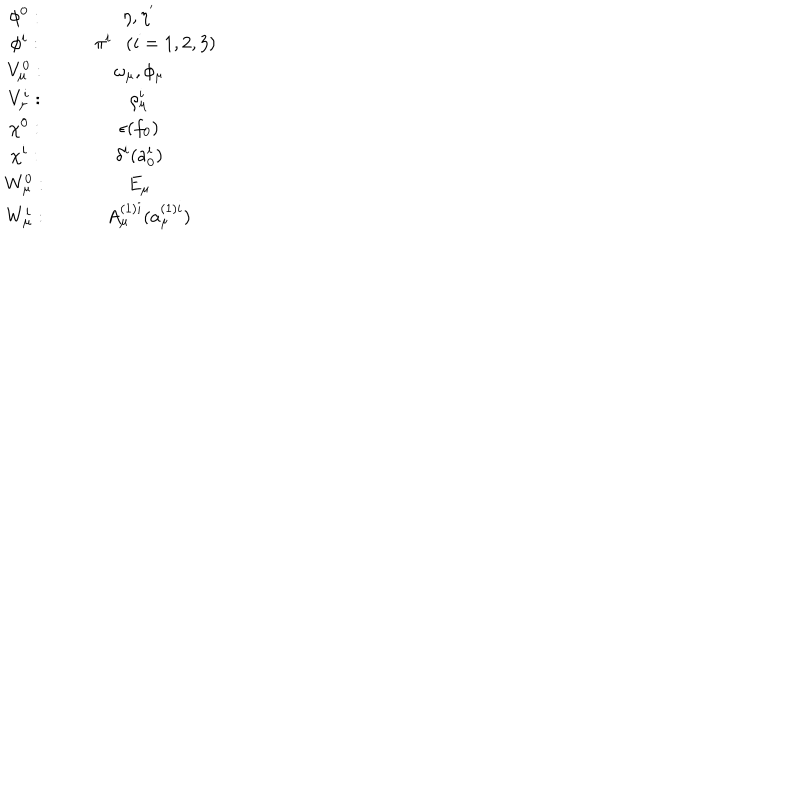
\begin{array} { c c } { { \phi ^ { 0 } : } } & { { \eta , \eta ^ { ' } } } \\ { { \phi ^ { i } : } } & { { ~ \pi ^ { i } ( i = 1 , 2 , 3 ) } } \\ { { V _ { \mu } ^ { 0 } : } } & { { \omega _ { \mu } , \phi _ { \mu } } } \\ { { V _ { \mu } ^ { i } : } } & { { \rho _ { \mu } ^ { i } } } \\ { { \chi ^ { 0 } : } } & { { \epsilon ( f _ { 0 } ) } } \\ { { \chi ^ { i } : } } & { { \delta ^ { i } ( a _ { 0 } ^ { i } ) } } \\ { { W _ { \mu } ^ { 0 } : } } & { { E _ { \mu } } } \\ { { W _ { \mu } ^ { i } : } } & { { ~ A _ { \mu } ^ { ( 1 ) i } ( a _ { \mu } ^ { ( 1 ) i } ) } } \\ \end{array}